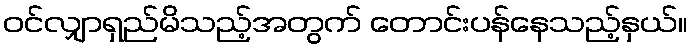
ဝင်လျှာရှည်မိသည့်အတွက် တောင်းပန်နေသည့်နှယ်။